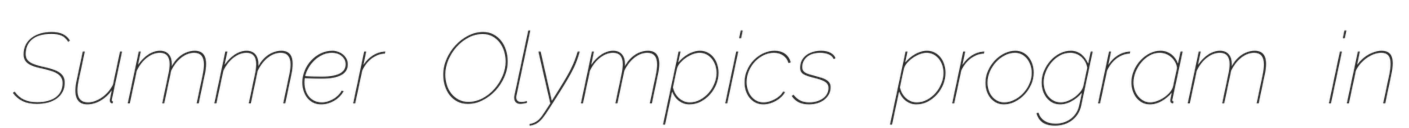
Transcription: Summer Olympics program in